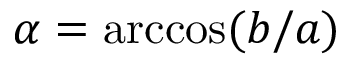
\alpha = \operatorname { a r c c o s } ( b / a )